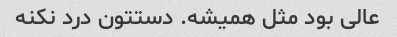
عالی بود مثل همیشه. دستتون درد نکنه